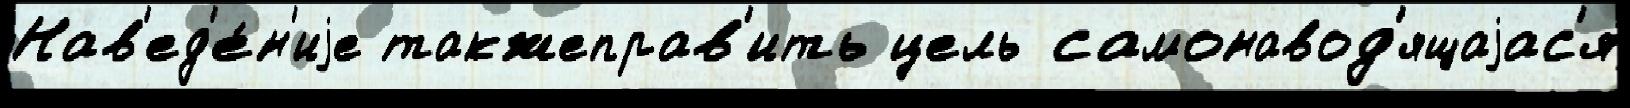
Нав'ед'е́н'иjе такжеправ'ить цель самонавод'ящаjас'я